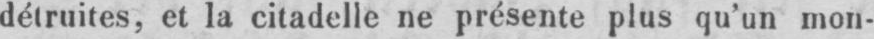
détruites, et la citadelle ne présente plus qu’un mon-